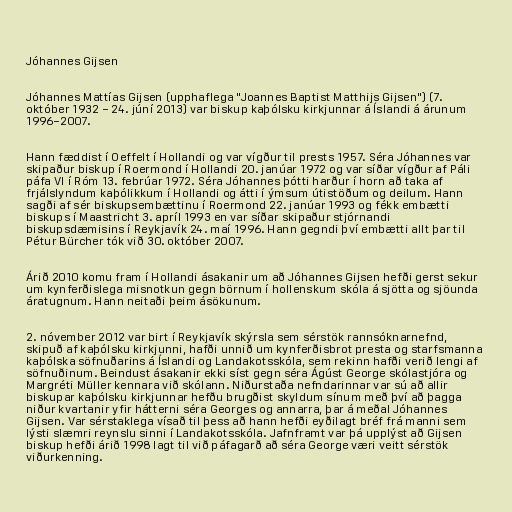
Jóhannes Gijsen

Jóhannes Mattías Gijsen (upphaflega "Joannes Baptist Matthijs Gijsen") (7.
október 1932 − 24. júní 2013) var biskup kaþólsku kirkjunnar á Íslandi á árunum
1996−2007.

Hann fæddist í Oeffelt í Hollandi og var vígður til prests 1957. Séra Jóhannes var
skipaður biskup í Roermond í Hollandi 20. janúar 1972 og var síðar vígður af Páli
páfa VI í Róm 13. febrúar 1972. Séra Jóhannes þótti harður í horn að taka af
frjálslyndum kaþólikkum í Hollandi og átti í ýmsum útistöðum og deilum. Hann
sagði af sér biskupsembættinu í Roermond 22. janúar 1993 og fékk embætti
biskups í Maastricht 3. apríl 1993 en var síðar skipaður stjórnandi
biskupsdæmisins í Reykjavík 24. maí 1996. Hann gegndi því embætti allt þar til
Pétur Bürcher tók við 30. október 2007.

Árið 2010 komu fram í Hollandi ásakanir um að Jóhannes Gijsen hefði gerst sekur
um kynferðislega misnotkun gegn börnum í hollenskum skóla á sjötta og sjöunda
áratugnum. Hann neitaði þeim ásökunum.

2. nóvember 2012 var birt í Reykjavík skýrsla sem sérstök rannsóknarnefnd,
skipuð af kaþólsku kirkjunni, hafði unnið um kynferðisbrot presta og starfsmanna
kaþólska söfnuðarins á Íslandi og Landakotsskóla, sem rekinn hafði verið lengi af
söfnuðinum. Beindust ásakanir ekki síst gegn séra Ágúst George skólastjóra og
Margréti Müller kennara við skólann. Niðurstaða nefndarinnar var sú að allir
biskupar kaþólsku kirkjunnar hefðu brugðist skyldum sínum með því að þagga
niður kvartanir yfir hátterni séra Georges og annarra, þar á meðal Jóhannes
Gijsen. Var sérstaklega vísað til þess að hann hefði eyðilagt bréf frá manni sem
lýsti slæmri reynslu sinni í Landakotsskóla. Jafnframt var þá upplýst að Gijsen
biskup hefði árið 1998 lagt til við páfagarð að séra George væri veitt sérstök
viðurkenning.